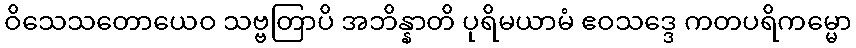
ဝိသေသတောယေဝ သဗ္ဗတြာပိ အဘိန္နာတိ ပုရိမယာမံ ဧဝသဒ္ဒေ ကတပရိကမ္မော